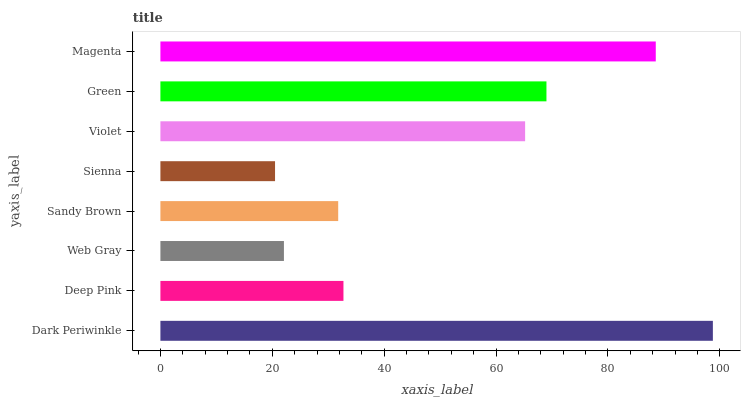
| yaxis_label | bars |
 | --- | --- |
 | Dark Periwinkle | 98.8 |
 | Deep Pink | 32.7 |
 | Web Gray | 22.1 |
 | Sandy Brown | 31.8 |
 | Sienna | 20.5 |
 | Violet | 65.2 |
 | Green | 69 |
 | Magenta | 88.6 |